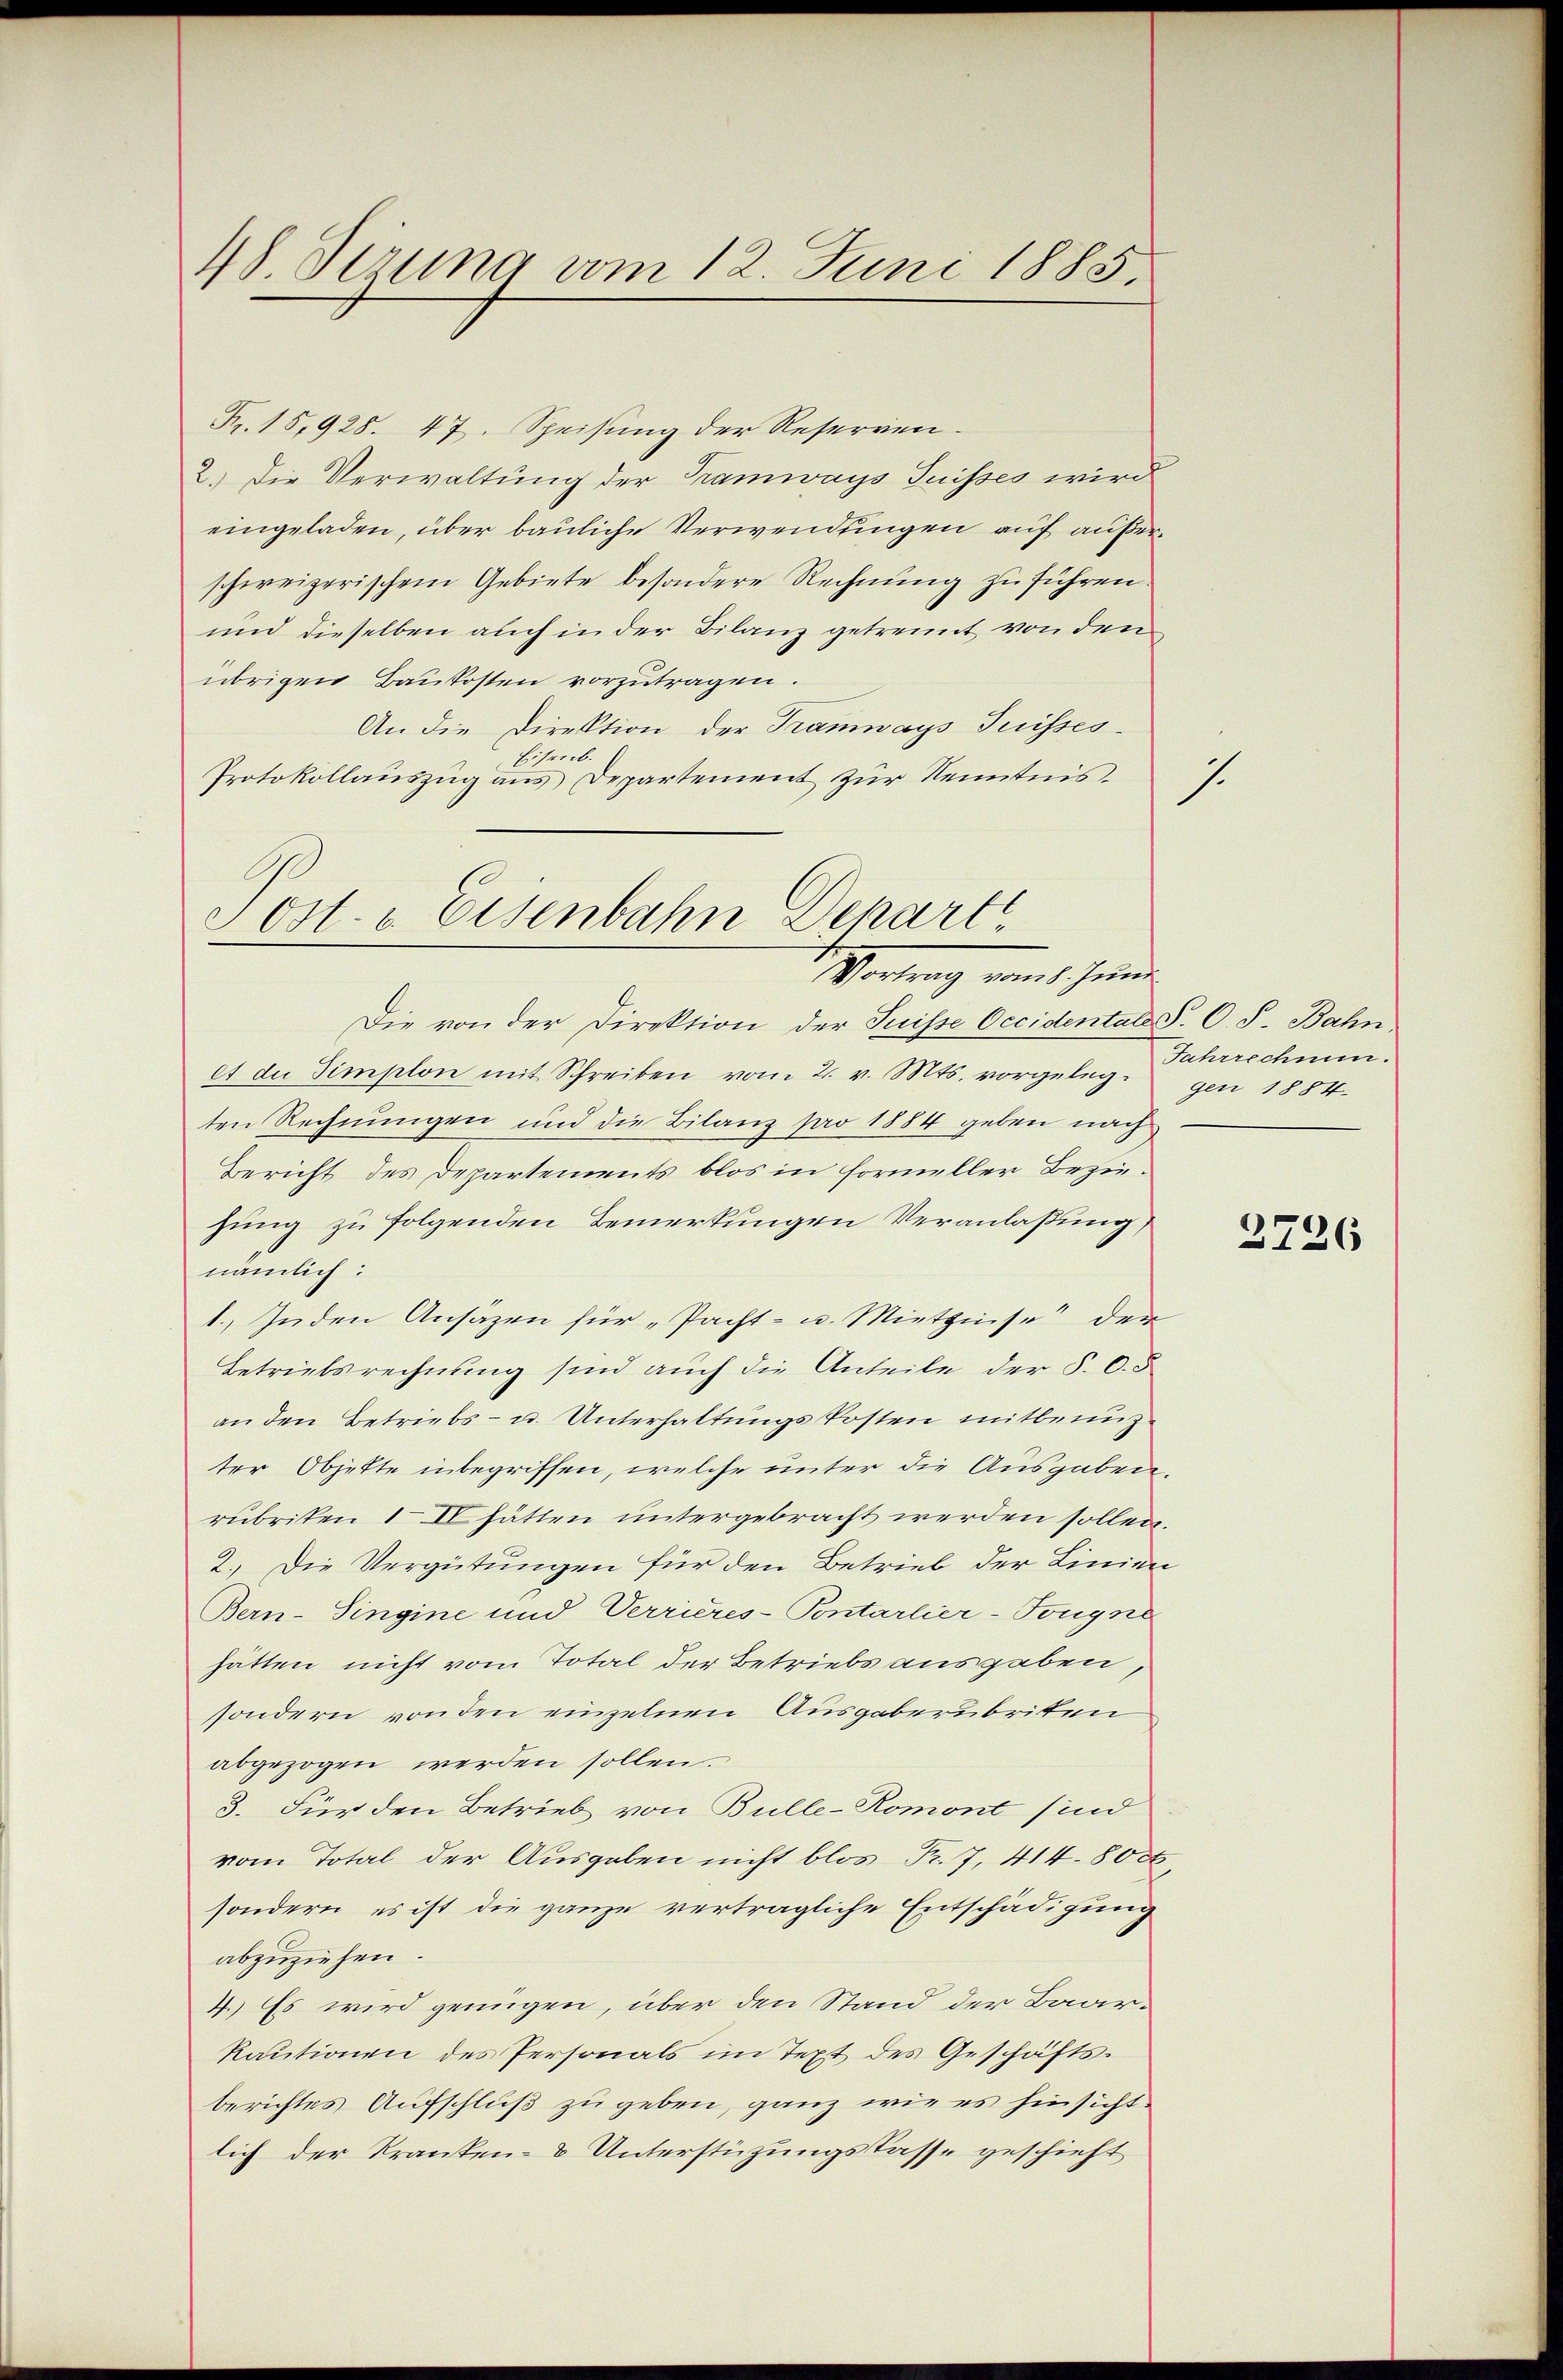
48. Jezuna vom 12. Juni 1885.

Fr. 15,928. 47. Speisung der Reserven.
2.) Die Verwaltung der Tramways Suisses wird
eingeladen, über bauliche Verwendungen auf außerschweizerischem Gebiete besondere Rechnung zu führen
und dieselben auch in der Bilanz getrennt von dem
übrigen Baukosten vorzutragen.
An die Direktion der Tramways Suisses.
Eisenb.
Protokollauszug aus Departement zur Kenntnis.
Die von der Direktion der Suisse Occidentale S. O. S. Bahn,
et du simplon mit Schreiben vom 2. v. Mts. vorgeleg gen 1884
ten Rechnungen und die Bilanz pro 1884 geben nach
Bericht des Departements blos in Formeller Beziehung zu folgenden Bemerkungen Veranlaßung
nämlich:
1. Inden Ansäzen für „Pacht- u. Mietzinse der
Betriebsrechnung sind auch die Anteile der §. 6.5
an den Betriebs- u. Unterhaltungskosten mitbenuzter Objette inbegriffen, welche unter die Ausgaben.
rubriken 1. IV hätten untergebracht werden sollen.
2.) Die Vergütungen für den Betrieb der Linien
Bern-Singine und Verrieres-Pontarlier-Tongne
hätten nicht vom Total der Betriebs ausgaben,
sondern von den einzelnen Ausgaberubritten
abgezogen werden sollen.
3. Für den Betrieb von Bulle-Romont sind
vom Total der Ausgaben nicht blos Fr. 7. 414.80 rt
sondern, es ist die ganze verträgliche Entschädigung
abzuziehen
4.) Es wird genügen, über den Stand der Baarkautionen des Personals im Text des Geschäftsberichtes Aufschluß zu geben, ganz wie es hinsicht
lich der Kranken- & Unterstüzungskasse geschieht

Post. - Eisenbahn Depart
Wortrag mit hinein

1

Jahrrechnun

3726